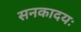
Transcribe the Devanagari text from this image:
सनकादयः